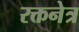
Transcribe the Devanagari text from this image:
रक्तनेत्र